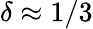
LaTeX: \delta\approx 1/3